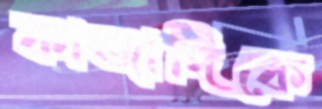
কাজাদিকে